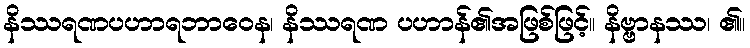
နိဿရဏပဟာရဘာဝေန၊ နိဿရဏ ပဟာန်၏အဖြစ်ဖြင့်။ နိဗ္ဗာနဿ၊ ၏။